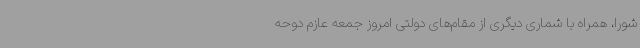
شورا، همراه با شماری دیگری از مقام‌های دولتی امروز جمعه عازم دوحه